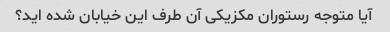
آیا متوجه رستوران مکزیکی آن طرف این خیابان شده اید؟